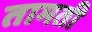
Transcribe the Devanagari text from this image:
तामती